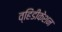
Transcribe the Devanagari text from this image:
व्हिंडीकेशन